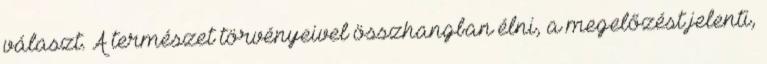
választ. A természet törvényeivel összhangban élni, a megelőzést jelenti,